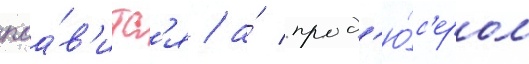
поа́в'итс'я / а́ прод'ю́с'ером